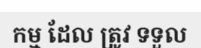
កម្ម ដែល ត្រូវ ទទួល